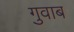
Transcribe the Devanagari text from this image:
गुवाब